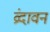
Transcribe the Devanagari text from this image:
व्रंदावन